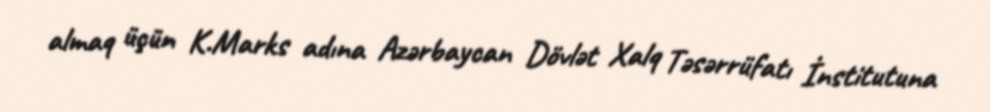
almaq üçün K.Marks adına Azərbaycan Dövlət Xalq Təsərrüfatı İnstitutuna